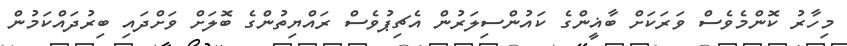
މިހާރު ކޮންމެވެސް ވަރަކަށް ބާޣީންގެ ކައުންސިލަރުން އެޗިޕުވެސް ރައްޔިތުންގެ ބޮލަށް ވަށްދައި ބިރުދައްކަމުން